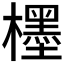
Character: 𣞪